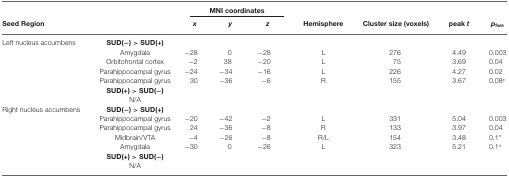
<table><thead><tr><td></td><td></td><td colspan="3"><b>MNI coordinates</b></td></tr><tr><td><b> Seed Region</b></td><td></td><td><b><i>x</i></b></td><td><b><i>y</i></b></td><td><b><i>z</i></b></td><td><b>Hemisphere</b></td><td><b>Cluster size (voxels)</b></td><td><b>peak <i>t</i></b></td><td><b><i>p</i><sub>fwe</sub></b></td></tr></thead><tbody><tr><td>Left nucleus accumbens</td><td><b>SUD(−) &gt; SUD(+)</b></td></tr><tr><td></td><td>Amygdala</td><td>−28</td><td>0</td><td>−28</td><td>L</td><td>276</td><td>4.49</td><td>0.003</td></tr><tr><td></td><td>Orbitofrontal cortex</td><td>−2</td><td>38</td><td>−20</td><td>L</td><td>75</td><td>3.69</td><td>0.04</td></tr><tr><td></td><td>Parahippocampal gyrus</td><td>−24</td><td>−34</td><td>−16</td><td>L</td><td>226</td><td>4.27</td><td>0.02</td></tr><tr><td></td><td>Parahippocampal gyrus</td><td>30</td><td>−36</td><td>−6</td><td>R</td><td>155</td><td>3.67</td><td>0.08*</td></tr><tr><td></td><td><b>SUD(+) &gt; SUD(−)</b></td></tr><tr><td></td><td>N/A</td></tr><tr><td>Right nucleus accumbens</td><td><b>SUD(−) &gt; SUD(+)</b></td></tr><tr><td></td><td>Parahippocampal gyrus</td><td>−20</td><td>−42</td><td>−2</td><td>L</td><td>331</td><td>5.04</td><td>0.003</td></tr><tr><td></td><td>Parahippocampal gyrus</td><td>24</td><td>−36</td><td>−8</td><td>R</td><td>133</td><td>3.97</td><td>0.04</td></tr><tr><td></td><td>Midbrain/VTA</td><td>−4</td><td>−26</td><td>−8</td><td>R/L</td><td>154</td><td>3.48</td><td>0.1*</td></tr><tr><td></td><td>Amygdala</td><td>−30</td><td>0</td><td>−26</td><td>L</td><td>323</td><td>5.21</td><td>0.1*</td></tr><tr><td></td><td><b>SUD(+) &gt; SUD(−)</b></td></tr><tr><td></td><td>N/A</td></tr></tbody></table>